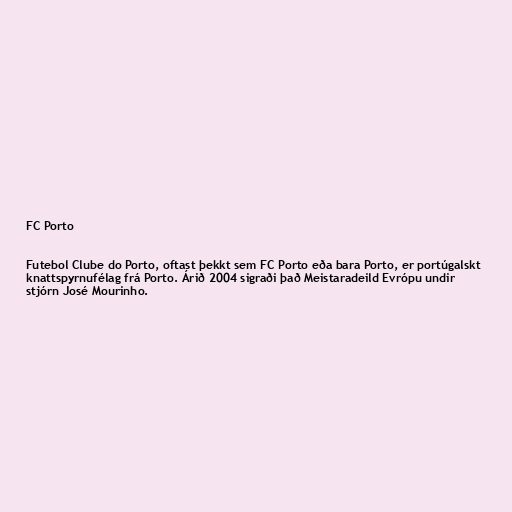
FC Porto

Futebol Clube do Porto, oftast þekkt sem FC Porto eða bara Porto, er portúgalskt
knattspyrnufélag frá Porto. Árið 2004 sigraði það Meistaradeild Evrópu undir
stjórn José Mourinho.